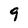
Character: 9